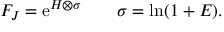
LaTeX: { \cal F } _ { \cal J } = \mathrm { e } ^ { H \otimes \sigma } \qquad \sigma = \ln ( 1 + E ) .